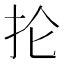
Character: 抡